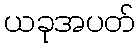
ယခုအပတ်